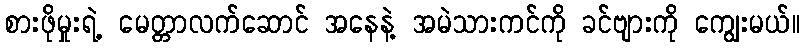
စားဖိုမှုးရဲ့ မေတ္တာလက်ဆောင် အနေနဲ့ အမဲသားကင်ကို ခင်ဗျားကို ကျွေးမယ်။